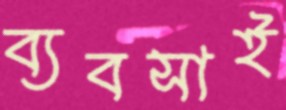
ব্যবসাই